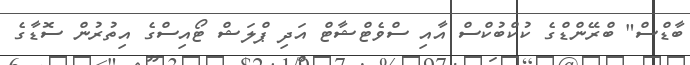
ބާޑްސް" ބްރޭންޑްގެ ކުކްބުކްސް އާއި ސްވެޓްޝާޓް އަދި ޕްލަޝް ޓޯއިސްގެ އިތުރުން ސޮޑާގެ